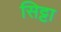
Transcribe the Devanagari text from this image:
सिट्टा